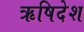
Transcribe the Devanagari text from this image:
ऋषिदेश